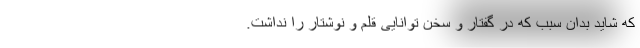
که شاید بدان سبب که در گفتار و سخن توانایی قلم و نوشتار را نداشت.